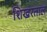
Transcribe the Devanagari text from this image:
शिखरताल